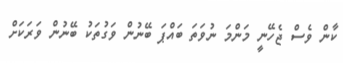
ކާން ވެސް ޖެހޭނީ މަންމަ ނުވަތަ ބައްޕަ ބޭނުން ވަގުތަކު ބޭނުން ވަރަކަށް